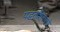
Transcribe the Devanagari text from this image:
पद्धतशिरपणे